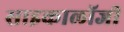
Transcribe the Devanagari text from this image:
साइकालॉजी